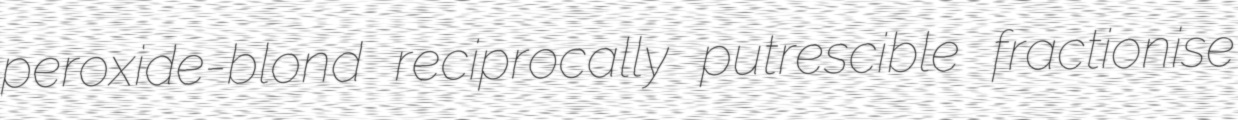
peroxide-blond reciprocally putrescible fractionise